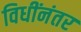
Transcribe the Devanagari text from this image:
विधींनंतर